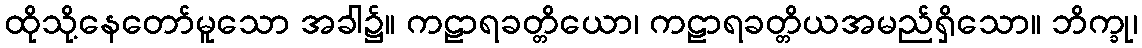
ထိုသို့နေတော်မူသော အခါ၌။ ကဠာရခတ္တိယော၊ ကဠာရခတ္တိယအမည်ရှိသော။ ဘိက္ခု၊